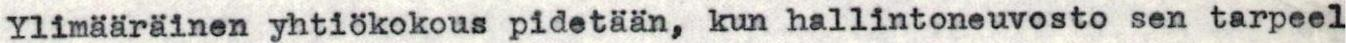
Ylimääräinen yhtiökokous pidetään, kun hallintoneuvosto sen tarpeel